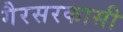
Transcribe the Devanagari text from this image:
गैरसरकासी